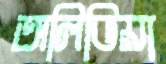
অলিভিয়া